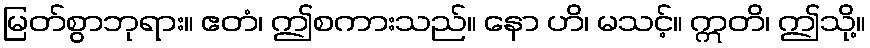
မြတ်စွာဘုရား။ ဧတံ၊ ဤစကားသည်။ နော ဟိ၊ မသင့်။ ဣတိ၊ ဤသို့။